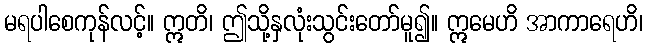
မရပါစေကုန်လင့်။ ဣတိ၊ ဤသို့နှလုံးသွင်းတော်မူ၍။ ဣမေဟိ အာကာရေဟိ၊